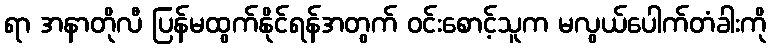
ရာ အနာတိုလီ ပြန်မထွက်နိုင်ရန်အတွက် ဝင်းစောင့်သူက မလွယ်ပေါက်တံခါးကို